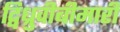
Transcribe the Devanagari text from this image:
द्विध्रुवीबीमारी